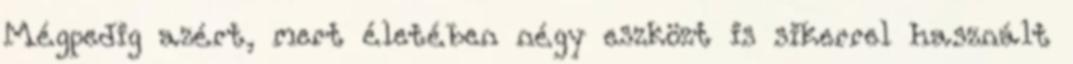
Mégpedig azért, mert életében négy eszközt is sikerrel használt